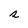
Character: s